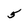
Character: 5